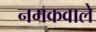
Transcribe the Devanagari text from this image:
नमकवाले